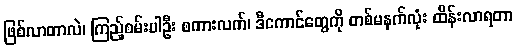
ဖြစ်လာတာလဲ၊ ကြည့်စမ်းပါဦး စကားလက်၊ ဒီကောင်တွေကို တစ်မနက်လုံး ထိန်းလာရတာ